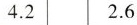
4.2 2.6